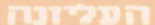
העליונה